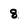
Character: 8